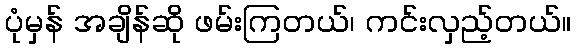
ပုံမှန် အချိန်ဆို ဖမ်းကြတယ်၊ ကင်းလှည့်တယ်။